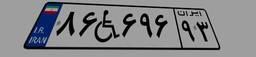
۸۶W۶۹۶۹۳